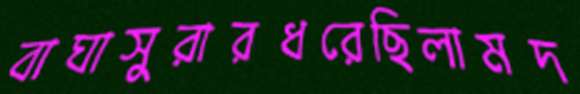
বাঘাসুরারধরেছিলামদ